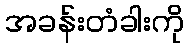
အခန်းတံခါးကို